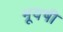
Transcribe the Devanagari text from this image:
भूयषी